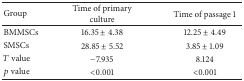
| Group | Time of primary culture | Time of passage 1 |
 | --- | --- | --- |
 | BMMSCs | 16.35 ± 4.38 | 12.25 ± 4.49 |
 | SMSCs | 28.85 ± 5.52 | 3.85 ± 1.09 |
 | T value | −7.935 | 8.124 |
 | p value | <0.001 | <0.001 |